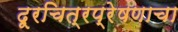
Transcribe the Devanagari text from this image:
दूरचित्रप्रेषणाचा